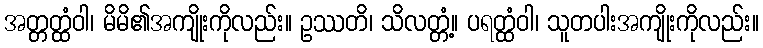
အတ္တတ္ထံဝါ၊ မိမိ၏အကျိုးကိုလည်း။ ဥဿတိ၊ သိလတ္တံ့။ ပရတ္ထံဝါ၊ သူတပါးအကျိုးကိုလည်း။